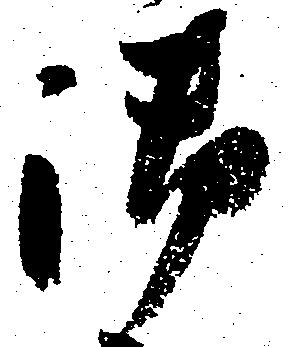
御